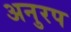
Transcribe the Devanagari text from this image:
अनुरप